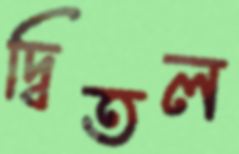
দ্বিতল